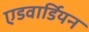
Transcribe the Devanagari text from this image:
एडवार्डियन